Annual report on the mental hospital in the Central Provinces and Berar (Nagpur) - 1927-1951
Year: 1927
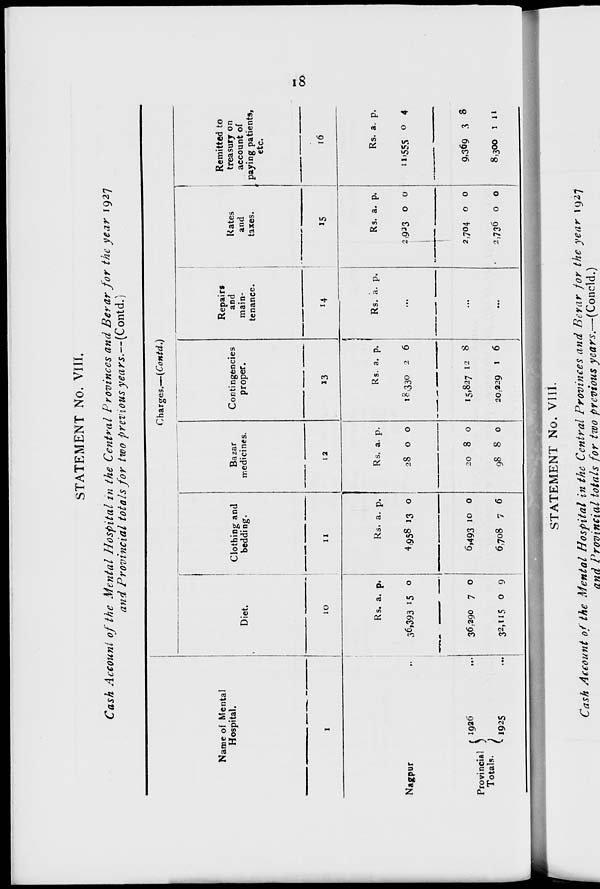
18
STATEMENT No. VIII.
Cash Account of the Mental Hospital in the Central Provinces and Berar for the year 1927
and Provincial totals for two previous years.—(Contd.)
Name of Mental
Hospital.
1
Nagpur ...
Provincial
Totals.
1926 ...
1925 ...
Charges.— (Contd.)
Diet
10
Rs.
36,393
36,290
32,115
a.
15
7
0
p.
0
0
9
Clothing and
bedding.
11
Rs.
4,958
6,493
6,708
a.
13
10
7
p.
0
0
6
Bazar
medicines.
12
Rs.
28
20
98
a.
0
8
8
p.
0
0
0
Contingencies
proper.
13
Rs
18,330
15,827
20,229
a.
2
12
1
p.
6
8
6
Repairs
and
main-
tenance.
14
Rs. a. p.
...
...
...
Rates
and
taxes.
15
Rs.
2,923
2,704
2,736
a.
0
0
0
p.
0
0
0
Remitted to
treasury on
account of
paying patients,
etc.
16
Rs.
11,555
9,369
8,300
a.
0
3
1
p.
4
8
11